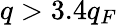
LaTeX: q>3.4q_{F}